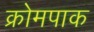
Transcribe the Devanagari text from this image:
क्रोमपाक